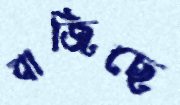
বাজিছে